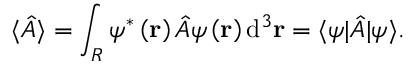
\langle { \hat { A } } \rangle = \int _ { R } \psi ^ { * } \left( \mathbf { r } \right) { \hat { A } } \psi \left( \mathbf { r } \right) \mathrm { d } ^ { 3 } \mathbf { r } = \langle \psi | { \hat { A } } | \psi \rangle .